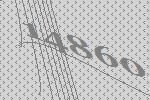
14860